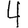
Digit: 4